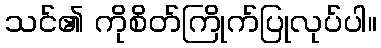
သင်၏ ကိုစိတ်ကြိုက်ပြုလုပ်ပါ။